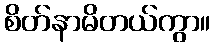
စိတ်နာမိတယ်ကွာ။